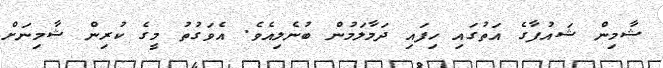
ޝާމިން ޝައުފާގެ އަތުގައި ހިފައި ދަމާލަމުން ބުނެލިއެވެ. އެވަގުތު މީގެ ކުރިން ޝާމިނަށް